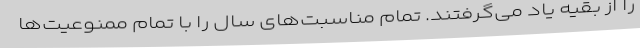
را از بقیه یاد می‌گرفتند. تمام مناسبت‌های سال را با تمام ممنوعیت‌ها